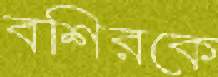
বশিরকে